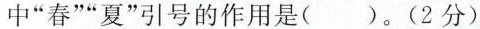
中”春””夏”引号的作用是()。(2分)